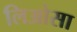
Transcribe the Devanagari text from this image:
लिओसा